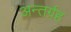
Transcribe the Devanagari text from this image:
अन्तर्ग्रह